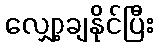
လျှော့ချနိုင်ပြီး